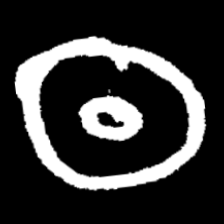
Pyu character \u2014 Myanmar letter: ထ (romanized: tha)